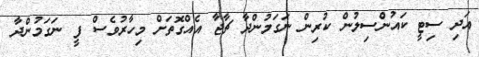
އަދި ސިޓީ ކައުންސިލުން ކުރިން ނަގަމުންދާ ޗާޖާ އެއްގޮތަށް މިހާރުވެސް ފީ ނަގަމުންދާ